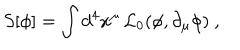
S [ \phi ] = \int d ^ { 4 } x ^ { \mu } \, { \cal L } _ { 0 } ( \phi , \partial _ { \mu } \phi ) \ ,